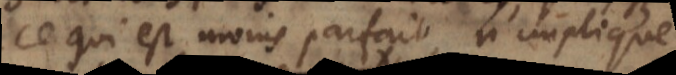
ce qui est moins parfait n’implique